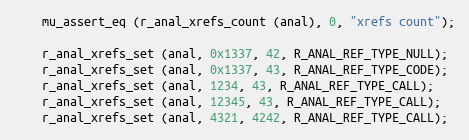
Language: C
	mu_assert_eq (r_anal_xrefs_count (anal), 0, "xrefs count");

	r_anal_xrefs_set (anal, 0x1337, 42, R_ANAL_REF_TYPE_NULL);
	r_anal_xrefs_set (anal, 0x1337, 43, R_ANAL_REF_TYPE_CODE);
	r_anal_xrefs_set (anal, 1234, 43, R_ANAL_REF_TYPE_CALL);
	r_anal_xrefs_set (anal, 12345, 43, R_ANAL_REF_TYPE_CALL);
	r_anal_xrefs_set (anal, 4321, 4242, R_ANAL_REF_TYPE_CALL);